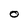
Character: O